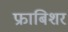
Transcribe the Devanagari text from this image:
फ्राबिशर